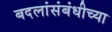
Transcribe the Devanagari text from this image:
बदलांसंबंधीच्या